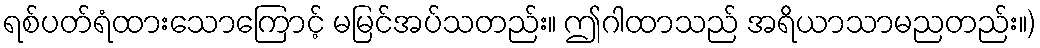
ရစ်ပတ်ရံထားသောကြောင့် မမြင်အပ်သတည်း။ ဤဂါထာသည် အရိယာသာမညတည်း။)